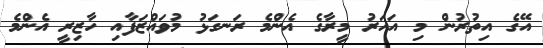
އޭގެ އިތުރުން މި އަހަރު މީރާގެ އެންމެ ރަނގަޅު މުވައްޒަފާއި ހާޒިރީ އެންމެ